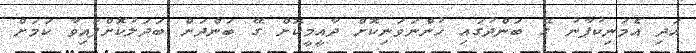
އަދިި އެމަނިކުފާނު ގޭ ބަންދުގައި ހުންނަވަނިކޮށް ދާއީމީކޮށް ގޭ ބަންދަށް ބަދަލުކޮށްފައިވާ ކަމަށް